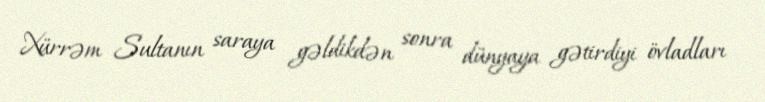
Xürrəm Sultanın saraya gəldikdən sonra dünyaya gətirdiyi övladları